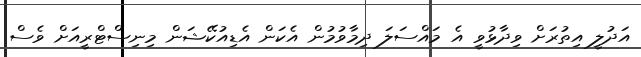
އަދުލީ އިތުރަށް ވިދާޅުވީ އެ މައްސަލަ ދިމާވުމުން އެކަން އެޑިއުކޭޝަން މިނިސްޓްރީއަށް ވެސް